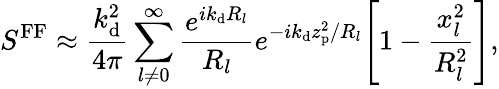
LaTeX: S^{\mathrm{FF}}\approx\frac{k_{\mathrm{d}}^{2}}{4\pi}\sum_{l\neq 0}^{\infty}\frac{e^{ik_{\mathrm{d}}R_{l}}}{R_{l}}e^{-ik_{\mathrm{d}}z_{\mathrm{p}}^{2}/R_{l}}\! \left[1-\frac{x_{l}^{2}}{R_{l}^{2}}\right],